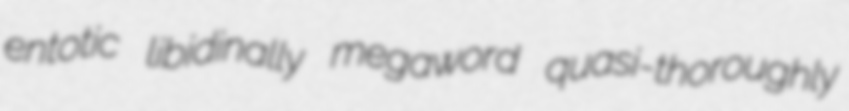
entotic libidinally megaword quasi-thoroughly